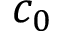
c _ { 0 }